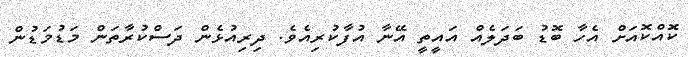
ކޮއްކޮއަށް އެހާ ބޮޑު ބަދަލެއް އައީތީ އޭނާ އުފާކުރިއެވެ. ދިރިއުޅެން ދަސްކުރާތަން މަޑުމަޑުން